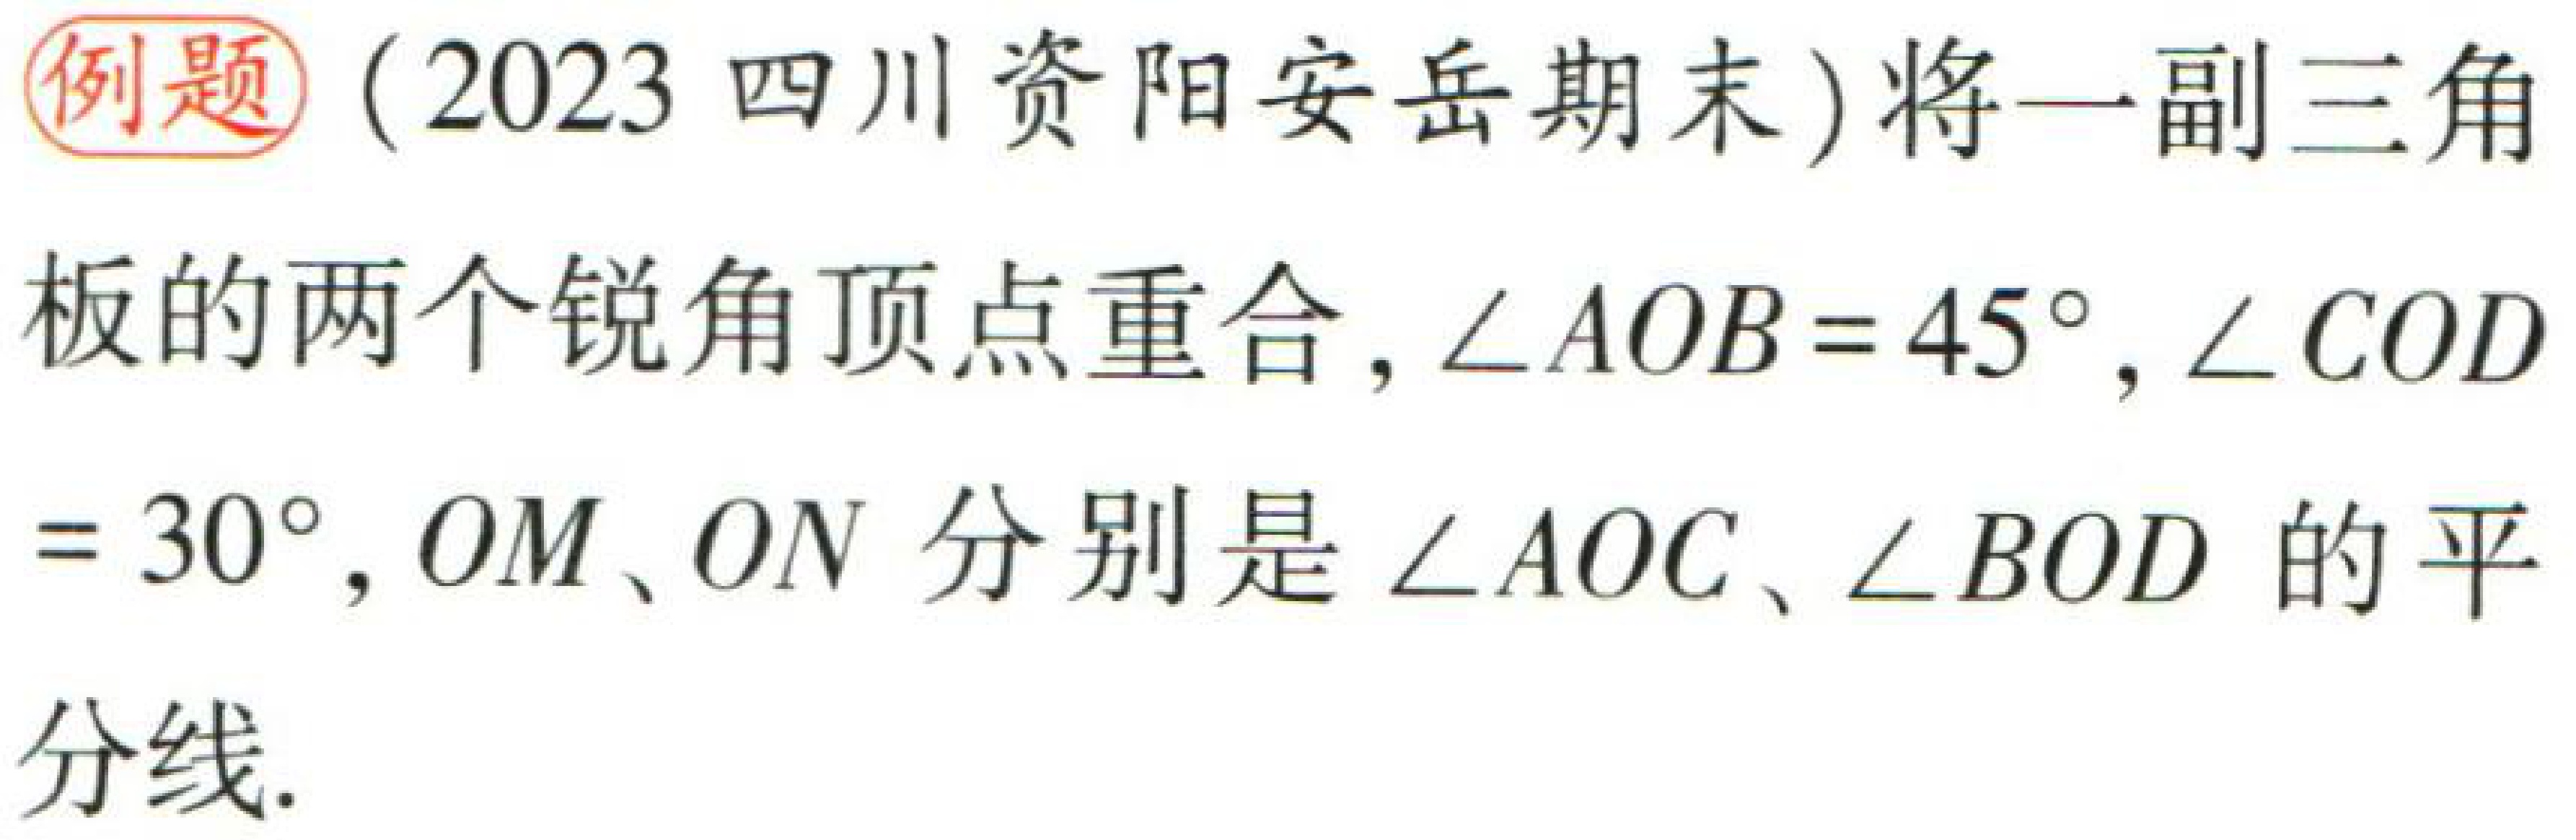
例题（2023 四川资阳安岳期末）将一副三角板的两个锐角顶点重合，$\angle AOB = 45^{\circ}$，$\angle COD = 30^{\circ}$，$OM$、$ON$ 分别是 $\angle AOC$、$\angle BOD$ 的平分线.